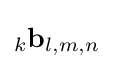
_{k}\mathbf {b} _{l,m,n}